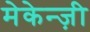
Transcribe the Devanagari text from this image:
मेकेन्ज़ी